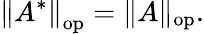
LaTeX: \left\| A^{*}\right\| _{\mathrm{op}}=\| A\| _{\mathrm{op}}.